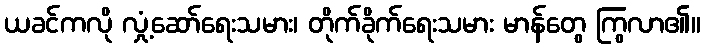
ယခင်ကလို လှုံ့ဆော်ရေးသမား၊ တိုက်ခိုက်ရေးသမား မာန်တွေ ကြွလာ၏။